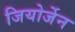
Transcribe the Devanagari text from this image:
जियोर्जेन